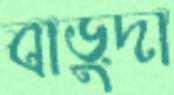
বাড়ুদা